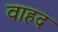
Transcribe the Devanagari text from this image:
वाहद